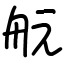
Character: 𦨞